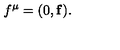
f ^ { \mu } = ( 0 , { \bf f } ) .